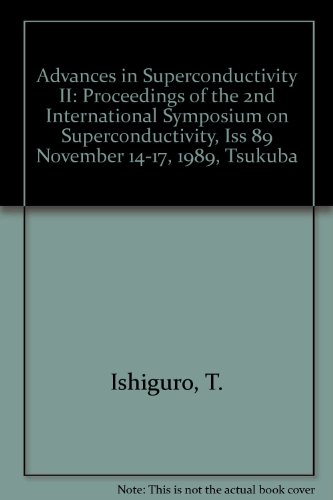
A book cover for Advances in Superconductivity II: Proceedings of the 2nd International Symposium on Superconductivity, Iss 89 November 14-17, 1989, Tsukuba; T. Ishiguro; Science & Math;